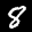
Label: 8